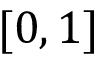
[ 0 , 1 ]